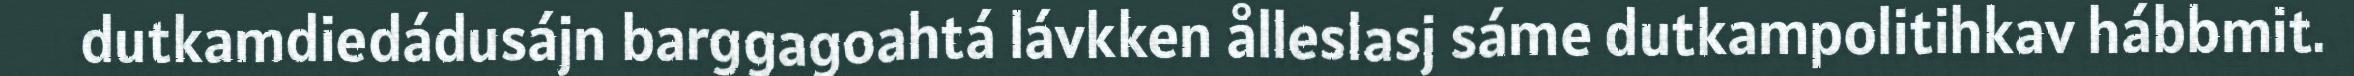
dutkamdiedádusájn barggagoahtá lávkken ålleslasj sáme dutkampolitihkav hábbmit.